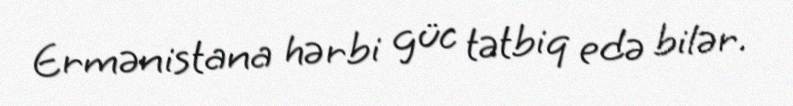
Ermənistana hərbi güc tətbiq edə bilər.